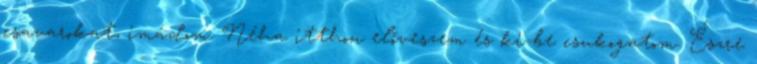
csavarokat, imádom. Néha itthon előveszem és ki-be csukogatom. Észre